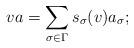
LaTeX: \begin{align*}va=\sum _{\sigma \in \Gamma}s_\sigma(v)a_\sigma;\end{align*}